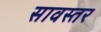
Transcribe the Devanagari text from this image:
सावस्तर